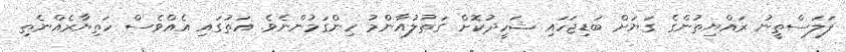
ފަލަސްތީނު ރައްޔިތުންގެ ގަޔަށް ބަޑިޖަހައި ޝަހީދުކޮށް ގަތުލުއާންމު ހިންގަމުންނެވެ. އަތުގައި އެއްވެސް ހަތިޔާރެއްނެތި